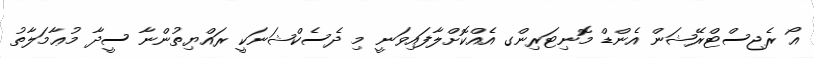
އޯ ރެޖިސްޓްރޭޝަން އެންޑް މޮނިޓަރިންގ އެއްކޮށްލާފައިވަނީ މި ދެސެކްޝަނަކީ ރައްޔިތުންނާ ސީދާ މުޢާމަލާތު